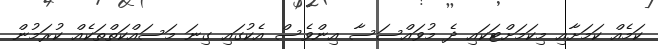
ކަމެއް ކަމަށާއި މިކަމަށްޓަކައި ދެ މުވައްސަސާ އިންވެސް އެކުގައި ގިނަ މަސައްކަތްތަކެއް ކުރަމުން